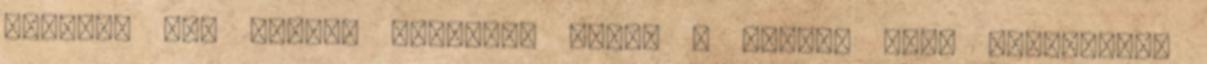
lanygos sós vízzel átkenjük őket. A kenést húsz percenként